Report on sanitation, dispensaries, and jails in Rajputana for 1915, and on vaccination for the year 1915-1916 - 1915-1916
Year: 1915
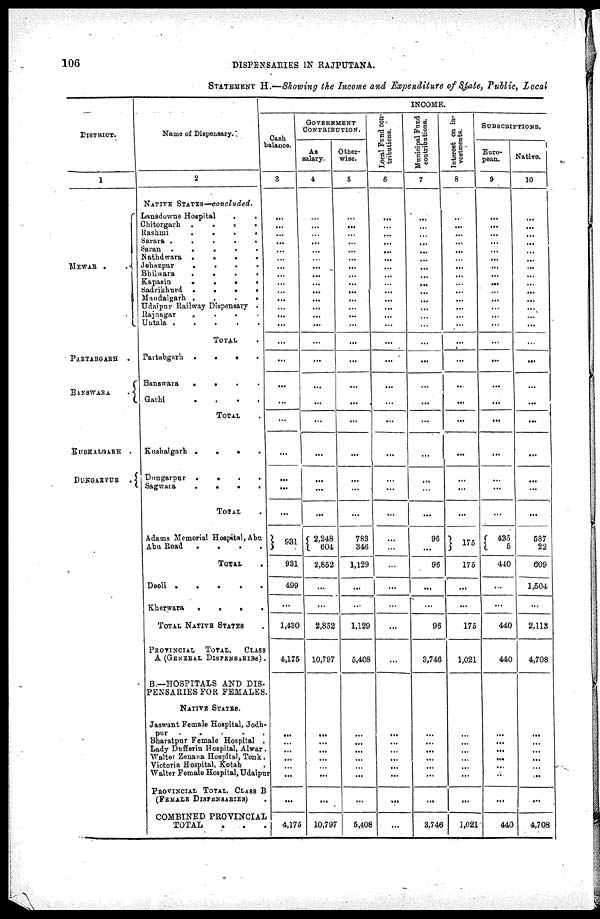
106
DISPENSARIES IN RAJPUTANA.
STATEMENT H.—Showing the Income and Expenditure of State, Public, Local
DISTRICT.
1
MEWAR
.
.
PARTABGARH
.
BANSWARA
.
KUSHALGARH .
DUNGARPUR .
Name of Dispensary.
2
NATIVE
STATES—concluded.
Lansdowne Hospital
.
.
Chitorgarh . .
.
.
Rashmi
.
.
.
.
Sarara
.
.
.
.
.
Saran . . . . .
Nathdwara
.
.
.
.
.
Jehazpur
.
.
.
.
.
Bhilwara
.
.
.
.
.
Kapasin
.
.
.
.
.
Sadrikhurd
.
.
.
.
.
Mandalgarh
.
.
.
.
.
Udaipur Railway Dispensary .
Rajnagar
.
.
.
.
.
Untala
.
.
.
.
.
TOTAL .
Partabgarh
.
.
.
.
.
Banswara . . . . .
Garhi
.
.
.
.
.
TOTAL .
Kushalgarh
.
.
.
.
.
Dungarpur
.
.
.
.
.
Sagwara
.
.
.
.
.
TOTAL .
Adams Memorial Hospital, Abu
Abu Road
.
.
.
.
.
TOTAL .
Deoli
.
.
.
.
.
Kherwara
.
.
.
.
.
TOTAL NATIVE STATES .
PROVINCIAL
TOTAL,
CLASS
A (GENERAL DISPENSARIES) .
B.—HOSPITALS AND DIS-
PENSARIES FOR FEMALES.
NATIVE STATES.
Jaswant Female Hospital, Jodh-
pur
. . . . .
Bharatpur Female Hospital .
Lady Dufferin Hospital, Alwar .
Walter Zenana Hospital, Tonk .
Victoria Hospital, Kotah .
Walter Female Hospital, Udaipur
PROVINCIAL TOTAL, CLASS B
(FEMALE DISPENSARIES) .
COMBINED PROVINCIAL
TOTAL . . .
INCOME.
Cash
balance.
3
...
...
...
...
...
...
...
...
...
...
...
...
...
...
...
...
...
...
...
...
...
...
...
931
931
499
...
1,430
4,175
...
...
...
...
...
...
...
4,175
GOVERNMENT
CONTRIBUTION.
As
salary.
4
...
...
...
...
...
...
...
...
...
...
...
...
...
...
...
...
...
...
...
...
...
...
...
2,248
604
2,852
...
...
2,852
10,797
...
...
...
...
...
...
...
10,797
Other-
wise.
5
...
...
...
...
...
...
...
...
...
...
...
...
...
...
...
...
...
...
...
...
...
...
...
783
346
1,129
...
...
1,129
5,408
...
...
...
...
...
...
...
5,408
Local Fund con-
tributions.
6
...
...
...
...
...
...
...
...
...
...
...
...
...
...
...
...
...
...
...
...
...
...
...
...
175
...
...
...
...
...
...
...
...
...
...
...
...
...
Municipal Fund
contributions.
7
...
...
...
...
...
...
...
...
...
...
...
...
...
...
...
...
...
...
...
...
...
...
...
96
...
96
...
...
96
3,746
...
...
...
...
...
...
...
3,746
Interest on in-
vestments.
8
...
...
...
...
...
...
...
...
...
...
...
...
...
...
...
...
...
...
...
...
...
...
...
175
175
...
...
175
1,021
...
...
...
...
...
...
...
1,021
SUBSCRIPTIONS.
Euro-
pean.
9
...
...
...
...
...
...
...
...
...
...
...
...
...
...
...
...
...
...
...
...
...
...
...
435
5
440
...
...
440
440
...
...
...
...
...
...
...
440
Native.
10
...
...
...
...
...
...
...
...
...
...
...
...
...
...
...
...
...
...
...
...
...
...
...
587
22
609
1,504
...
2,113
4,708
...
...
...
...
...
...
...
4,708